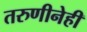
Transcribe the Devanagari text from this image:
तरुणीनेही